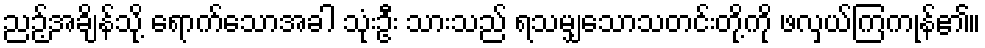
ညဉ့်အချိန်သို့ ရောက်သောအခါ သုံးဦး သားသည် ရသမျှသောသတင်းတို့ကို ဖလှယ်ကြကုန်၏။